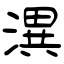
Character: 潩